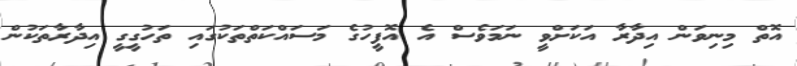
އޮތް މިނިވަން އިދާރާ އަކަށްވީ ނަަމަވެސް އެ އޮފީހުގެ މަސައްކަތްތަކުގައި ތަހުގީގީ އިދާރާތަކުން